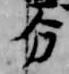
分